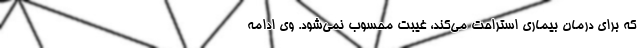
که برای درمان بیماری استراحت می‌کند، غیبت محسوب نمی‌شود. وی ادامه